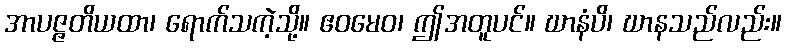
အာပဇ္ဇတိယထာ၊ ရောက်သကဲ့သို့။ ဧဝမေဝ၊ ဤအတူပင်။ ဃာနံပိ၊ ဃာနသည်လည်း။